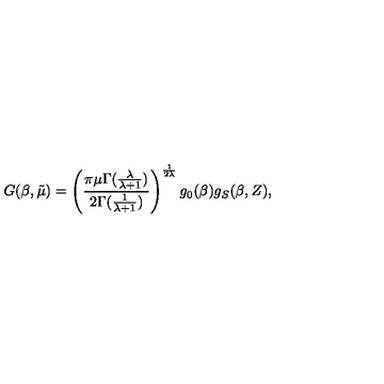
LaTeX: G ( \beta , \tilde { \mu } ) = \left( \frac { \pi \mu \Gamma ( \frac { \lambda } { \lambda + 1 } ) } { 2 \Gamma ( \frac { 1 } { \lambda + 1 } ) } \right) ^ { \frac { 1 } { 2 \lambda } } g _ { 0 } ( \beta ) g _ { S } ( \beta , Z ) ,